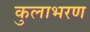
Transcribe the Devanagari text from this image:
कुलाभरण